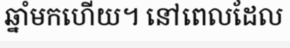
ឆ្នាំមកហើយ។ នៅពេលដែល